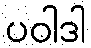
ပဝါဒါ